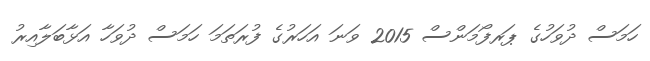
ހަމަސް ދުވަހުގެ ޕަރފޯމަންސް 2015 ވަނަ އަހަރުގެ ފުރަތަމަ ހަމަސް ދުވަހާ އަޅާބަލާއިރު